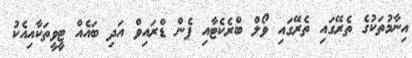
އިނާމުތަކުގެ ތެރޭގައި ތެރޭގައި ވޯލް ބްރެކެޓާއި ޕެން ޑްރައިވް އަދި ބައެއް ޓީވީތަކާއިއެކު